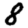
Digit: 8